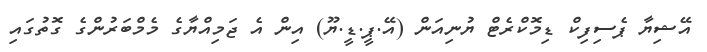
އޭޝިޔާ ޕެސިފިކް ޑިމޮކްރެޓް ޔުނިއަން (އޭ.ޕީ.ޑީ.ޔޫ) އިން އެ ޖަމިއްޔާގެ މެމްބަރުންގެ ގޮތުގައި